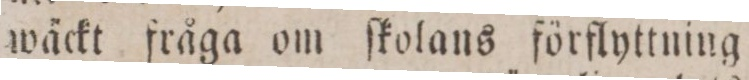
wäckt fråga om ſkolans förflyttning